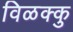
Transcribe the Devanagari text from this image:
विळक्कु